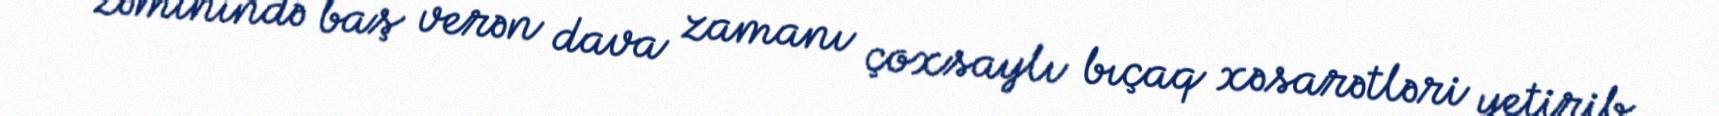
zəminində baş verən dava zamanı çoxsaylı bıçaq xəsarətləri yetirib.